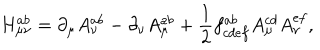
LaTeX: H _ { \mu \nu } ^ { a b } = \partial _ { \mu } A _ { \nu } ^ { a b } - \partial _ { \nu } A _ { \mu } ^ { a b } + \frac { 1 } { 2 } f _ { c d e f } ^ { a b } A _ { \mu } ^ { c d } A _ { \nu } ^ { e f } ,